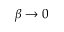
\beta \to 0